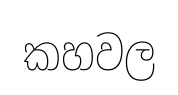
කහවල